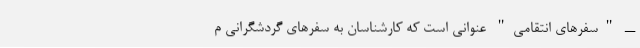
ــ "سفرهای انتقامی" عنوانی است که کارشناسان به سفرهای گردشگرانی م